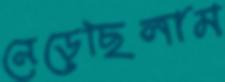
নেড়েছিলাম